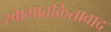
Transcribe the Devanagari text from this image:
स्वाभावकितावाद